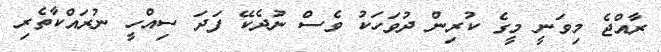
ރާއްޖެ މިވަނީ މީގެ ކުރިން ދުވަހަކު ވެސް ނުދެކޭ ފަދަ ސިއްހީ ނުރައްކާތެރި